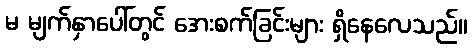
မ မျက်နှာပေါ်တွင် အေးစက်ခြင်းများ ရှိနေလေသည်။